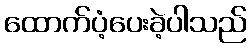
ထောက်ပံ့ပေးခဲ့ပါသည်